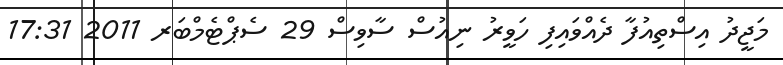
މަޖީދު އިސްތިއުފާ ދެއްވައިފި ހަވީރު ނިއުސް ސާވިސް 29 ސެޕްޓެމްބަރ 2011 17:31